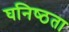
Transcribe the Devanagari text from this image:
घनिष्‍ठता